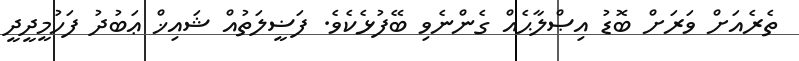
ތެރެއަށް ވަރަށް ބޮޑު އިޞްލާޙެއް ގެންނެވި ބޭފުޅެކެވެ. ފަޟީލަތުއް ޝައިޚް ޢަބުދު ފަހުމީދީދީ